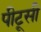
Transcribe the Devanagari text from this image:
पीटूसी